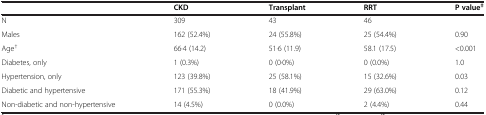
|  | CKD | Transplant | RRT | P value‡ |
 | --- | --- | --- | --- | --- |
 | N | 309 | 43 | 46 |  |
 | Males | 162 (52.4%) | 24 (55.8%) | 25 (54.4%) | 0.90 |
 | Age† | 66·4 (14.2) | 51·6 (11.9) | 58.1 (17.5) | <0.001 |
 | Diabetes, only | 1 (0.3%) | 0 (0·0%) | 0 (0.0%) | 1.0 |
 | Hypertension, only | 123 (39.8%) | 25 (58.1%) | 15 (32.6%) | 0.03 |
 | Diabetic and hypertensive | 171 (55.3%) | 18 (41.9%) | 29 (63.0%) | 0.12 |
 | Non-diabetic and non-hypertensive | 14 (4.5%) | 0 (0.0%) | 2 (4.4%) | 0.44 |